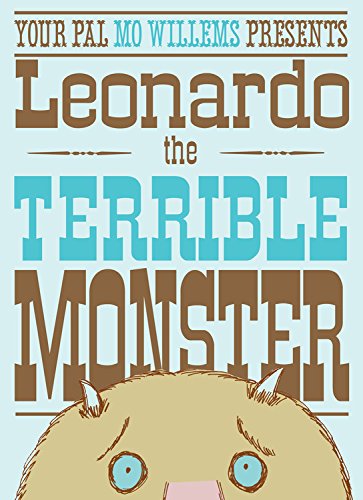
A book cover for Leonardo, the Terrible Monster; Mo Willems; Children's Books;